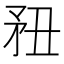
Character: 䂇